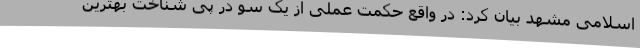
اسلامی مشهد بیان کرد: در واقع حکمت عملی از یک سو در پی شناخت بهترین